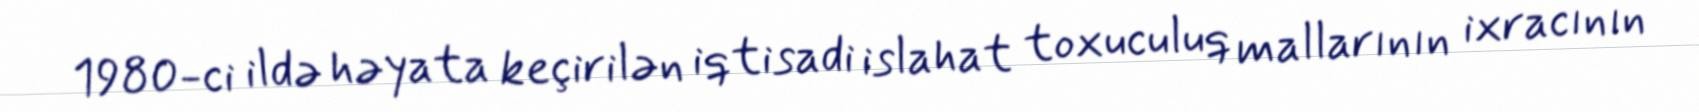
1980-ci ildə həyata keçirilən iqtisadi islahat toxuculuq mallarının ixracının